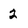
Character: 2